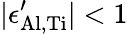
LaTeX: |\epsilon_{\mathrm{Al,Ti}}^{\prime}|<1